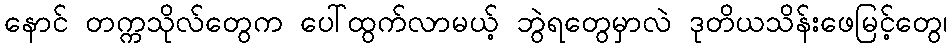
နောင် တက္ကသိုလ်တွေက ပေါ်ထွက်လာမယ့် ဘွဲရတွေမှာလဲ ဒုတိယသိန်းဖေမြင့်တွေ၊